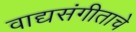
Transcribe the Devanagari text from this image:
वाद्यसंगीताचे